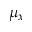
\mu _ { x }